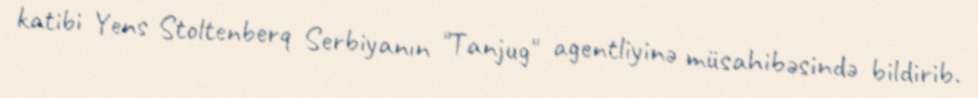
katibi Yens Stoltenberq Serbiyanın "Tanjug" agentliyinə müsahibəsində bildirib.